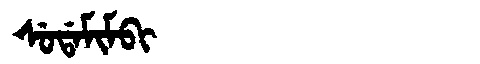
Manchu: ᠰᡠᡩᠠᠮᡳᠮᠪᡳ
Romanization: SUDAMIMBI